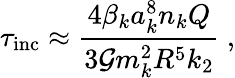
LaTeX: \tau_{\mathrm{inc}}\approx\frac{4\beta_{k}a_{k}^{8}n_{k}Q}{3\mathcal{G}m_{k}^{2}R^{5}k_{2}}\ ,